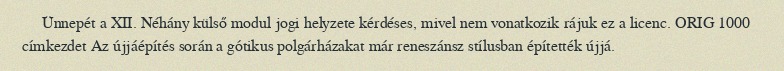
Ünnepét a XII. Néhány külső modul jogi helyzete kérdéses, mivel nem vonatkozik rájuk ez a licenc. ORIG 1000 címkezdet Az újjáépítés során a gótikus polgárházakat már reneszánsz stílusban építették újjá.